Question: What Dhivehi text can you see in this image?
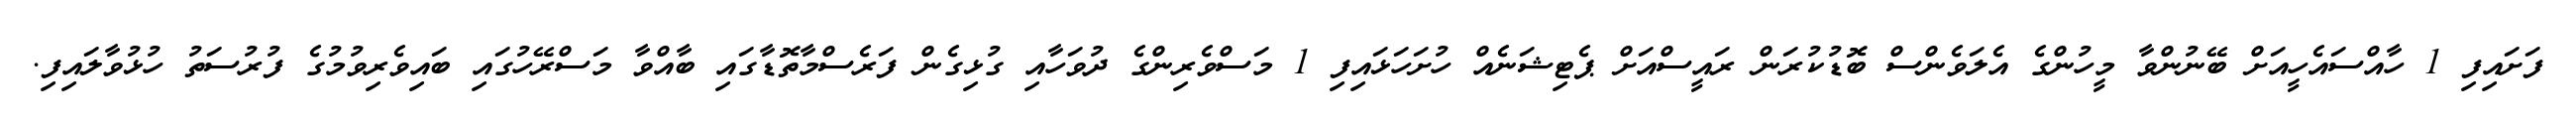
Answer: ފަށައިފި 1 ހާއްސައެހީއަށް ބޭނުންވާ މީހުންގެ އެލަވެންސް ބޮޑުކުރަން ރައީސްއަށް ޕެޓިޝަނެއް ހުށަހަޅައިފި 1 މަސްވެރިންގެ ދުވަހާއި ގުޅިގެން ފަރެސްމާތޮޑާގައި ބާއްވާ މަސްރޭހުގައި ބައިވެރިވުމުގެ ފުރުސަތު ހުޅުވާލައިފި.